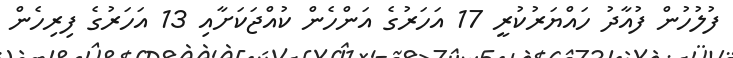
ފުލުހުން ފުއާދު ހައްޔަރުކުރީ 17 އަހަރުގެ އަންހެން ކުއްޖަކަށާއި 13 އަހަރުގެ ފިރިހެން